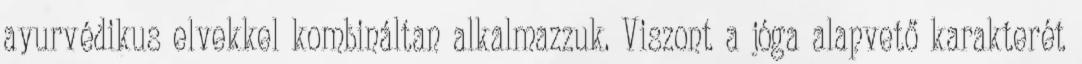
ayurvédikus elvekkel kombináltan alkalmazzuk. Viszont a jóga alapvető karakterét